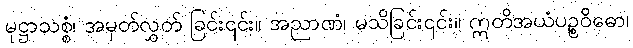
မုဋ္ဌာသစ္စံ၊ အမှတ်လွှတ် ခြင်း၎င်း။ အညာဏံ၊ မသိခြင်း၎င်း။ ဣတိအယံပဉ္စဝိဓော၊